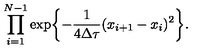
\prod _ { i = 1 } ^ { N - 1 } \exp \biggl \{ - \frac { 1 } { 4 \Delta \tau } ( x _ { i + 1 } - x _ { i } ) ^ { 2 } \biggr \} .